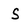
Character: S